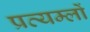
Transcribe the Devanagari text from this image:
प्रत्यम्लों